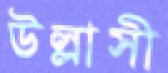
উল্লাসী